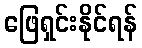
ဖြေရှင်းနိုင်ရန်